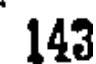
143